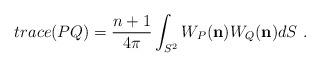
LaTeX: \begin{align*}trace(PQ)=\frac{n+1}{4\pi}\int_{S^{2}}{W}_{P}(\mathbf{n}){W}_{Q}(\mathbf{n})dS\ .\end{align*}